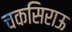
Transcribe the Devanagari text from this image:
चकसिराऊ